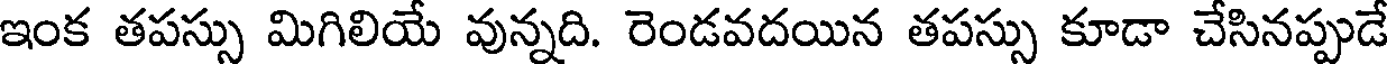
ఇంక తపస్సు మిగిలియే వున్నది. రెండవదయిన తపస్సు కూడా చేసినప్పుడే